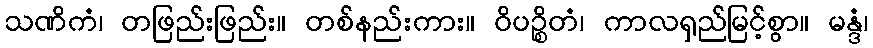
သဏိကံ၊ တဖြည်းဖြည်း။ တစ်နည်းကား။ ဝိပဉ္စိတံ၊ ကာလရှည်မြင့်စွာ။ မန္ဒံ၊